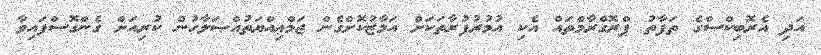
އަދި އެރޮބިކްސްގެ ތަފާތު ޕްރޮގްރާމްތައް އެކި އުމުރުފުރާތަކަށް އަމާޒުކޮށްގެން ޖަމްޢިއްޔަތުއްޞަލާހުން ކުރިއަށް ގެންގޮސްފައިވާ